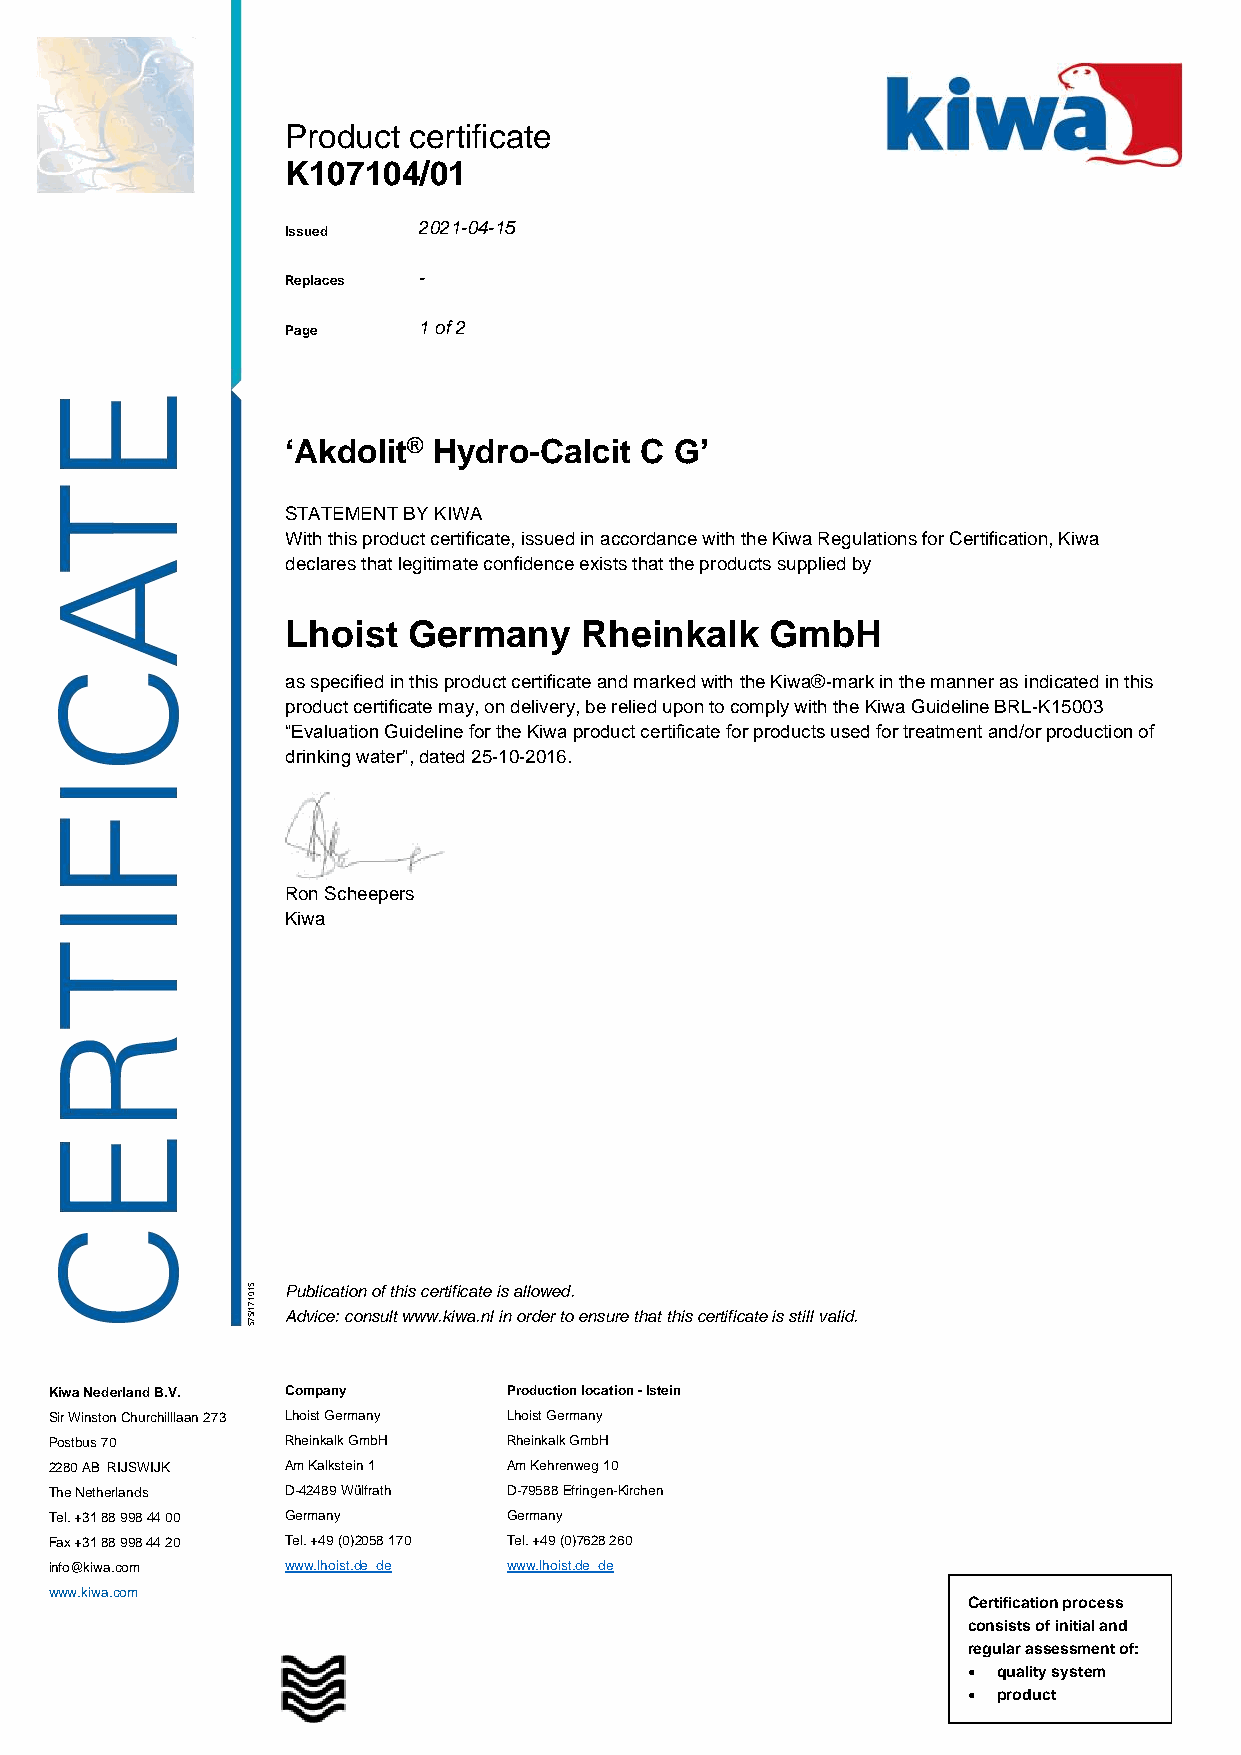
Product certificate
 K107104/01
 Issued   2021-04-15
 Replaces -
 Page     1 of 2
 ‘Akdolit® Hydro-Calcit C  G’
 STATEMENT BY KIWA
 With this product certificate, issued in accordance with the Kiwa Regulations for Certification, Kiwa
 declares that legitimate confidence exists that the products supplied by
 Lhoist  Germany    Rheinkalk    GmbH
 as specified in this product certificate and marked with the Kiwa®-mark in the manner as indicated in this
 product certificate may, on delivery, be relied upon to comply with the Kiwa Guideline BRL-K15003
 “Evaluation Guideline for the Kiwa product certificate for products used for treatment and/or production of
 drinking water”, dated 25-10-2016.
 Ron Scheepers
 Kiwa
 510171/575 P Au db vil cic ea :t cio on
 n
 so uf lt th wis
 w
 c we .r kti if wic aa .t ne
 l
 i is
 n
 a ol rlo dw ere td o.
 ensure that this certificate is still valid.
 Kiwa Nederland B.V. Company    Production location - Istein
 Sir Winston Churchilllaan 273 Lhoist Germany Lhoist Germany
 Postbus 70      Rheinkalk GmbH Rheinkalk GmbH
 2280 AB RIJSWIJK Am Kalkstein 1 Am Kehrenweg 10
 The Netherlands D-42489 Wülfrath D-79588 Efringen-Kirchen
 Tel. +31 88 998 44 00 Germany  Germany
 Fax +31 88 998 44 20 Tel. +49 (0)2058 170 Tel. +49 (0)7628 260
 info@kiwa.com   www.lhoist.de_de www.lhoist.de_de
 www.kiwa.com
 Certification process
 consists of initial and
 regular assessment of:
 • quality system
 • product